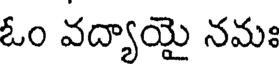
ఓం వద్యాయై నమః